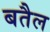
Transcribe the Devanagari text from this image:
बतैल